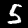
Label: 5